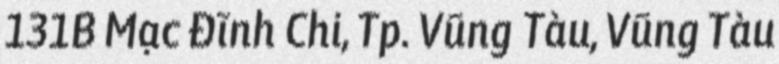
131B Mạc Đĩnh Chi, Tp. Vũng Tàu, Vũng Tàu